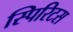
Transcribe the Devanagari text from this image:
स्पिरिटस